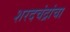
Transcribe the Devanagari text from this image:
शरदचंद्रांचा